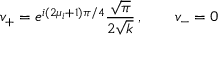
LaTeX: v _ { + } = e ^ { i ( 2 \mu _ { i } + 1 ) \pi / 4 } { \frac { \sqrt { \pi } } { 2 \sqrt { k } } } \, , \qquad v _ { - } = 0 \,